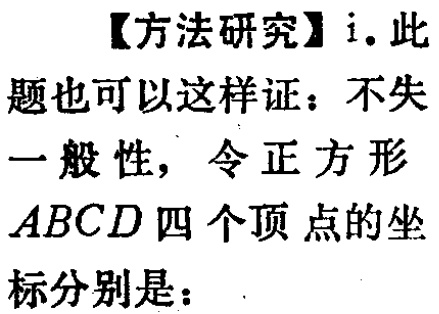
【方法研究】i. 此题也可以这样证：不失一般性，令正方形 \(ABCD\) 四个顶点的坐标分别是：